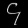
Digit: ၄